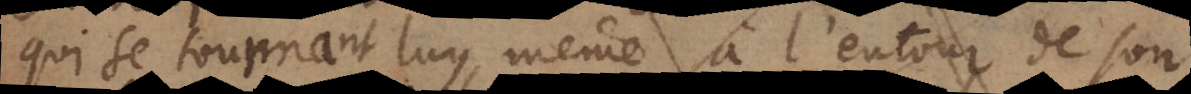
qui se tournant luy même à l’entour de son